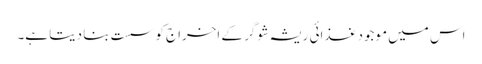
اس میں موجود غذائی ریشہ شوگر کے اخراج کو سست بنا دیتا ہے۔